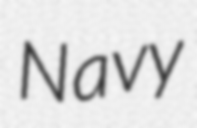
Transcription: Navy